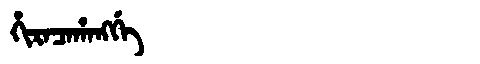
Manchu: ᡥᡳᡵᠠᠴᠠᡥᠠᠩᡤᡝ
Romanization: HIRACAHANGGE